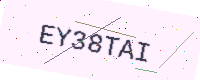
Text: EY38TAI